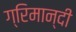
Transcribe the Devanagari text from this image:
ग्रिमान्दी